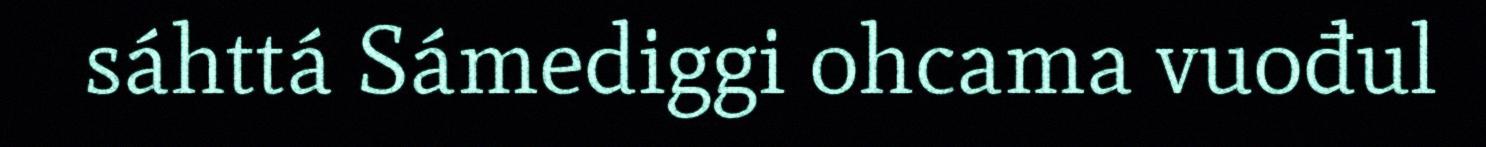
sáhttá Sámediggi ohcama vuođul